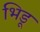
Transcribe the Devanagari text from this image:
भिडू